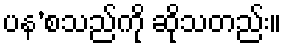
ပန’စသည်ကို ဆိုသတည်း။